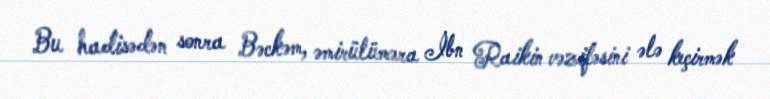
Bu hadisədən sonra Bəckəm, əmirülüməra İbn Raikin vəzifəsini ələ keçirmək